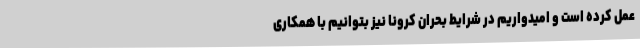
عمل کرده است و امیدواریم در شرایط بحران کرونا نیز بتوانیم با همکاری